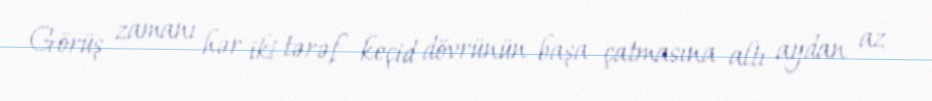
Görüş zamanı hər iki tərəf keçid dövrünün başa çatmasına altı aydan az